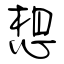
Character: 想